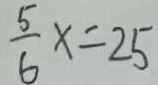
\frac { 5 } { 6 } x = 2 5